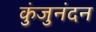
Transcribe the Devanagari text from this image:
कुंजुनंदन